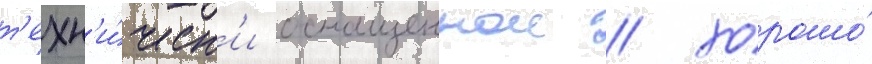
т'ехн'и́ческ'и оснащеннои / хорошо́